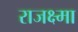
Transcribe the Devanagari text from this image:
राजक्ष्मा